Leaving Certificate Examination, 1916
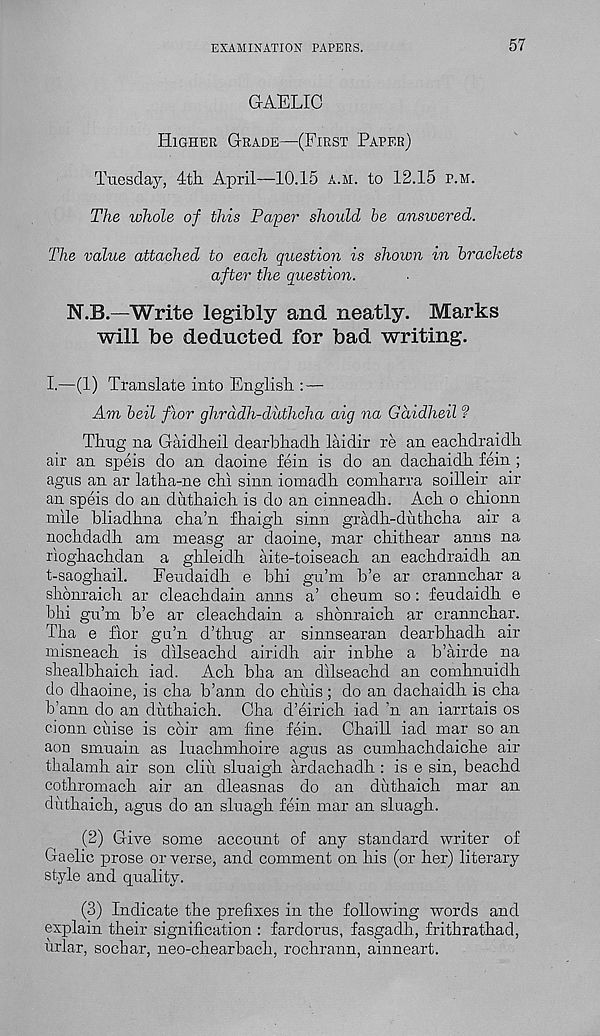
EXAMINATION PAPERS.
57
GAELIC
Higher Grade—(First Paper)
Tuesday, 4th April—10.15 a.m. to 12.15 p.m.
The whole of this Paper should be answered.
The value attached to each question is shown in brackets
after the question.
N.B.—Write legibly and neatly. Marks
will be deducted for bad writing.
I.—(1) Translate into English : —
Am beil fior ghrddh-duihcha aig na Gaidheil ?
Thug na Gaidheil dearbhadh laidir re an eachdraidh
air an speis do an daoine fein is do an dachaidh fein ;
agus an ar latha-ne chi sinn iomadh comharra soilleir air
an speis do an duthaich is do an cinneadh. Ach o chionn
mile bliadhna cha’n fhaigh sinn gradh-duthcha air a
nochdadh am measg ar daoine, mar chithear anus na
rioghachdan a ghleidh aite-toiseach an eachdraidh an
t-saoghail.
Feudaidh e bhi gu’m b’e ar crannchar a
shonraich ar cleachdain anns a’ cheum so: feudaidh e
bhi gu’m b’e ar cleachdain a shonraich ar crannchar.
Tha e fior gn’n d’thug ar sinnsearan dearbhadh air
misneach is dilseachd airidh air inbhe a b’airde na
shealbhaich iad. Ach bha an dilseachd an comhnuidh
do dhaoine, is cha b’ann do chilis ; do an dachaidh is cha
b’ann do an duthaich. Cha d’eirich iad ’n an iarrtais os
cionn ciiise is coir am fine fein. Chaill iad mar so an
aon smuain as luachmhoire agus as cumhachdaiche air
thalamh air son cliu sluaigh ardachadh : is e sin, beachd
cothromach air an dleasnas do an duthaich mar an
duthaich, agus do an sluagh fein mar an sluagh.
(2) Give some account of any standard writer of
Gaelic prose or verse, and comment on his (or her) literary
style and quality.
(3) Indicate the prefixes in the following words and
explain their signification : fardorus, fasgadh, frithrathad,
urlar, sochar, neo-chearbach, rochrann, ainneart.